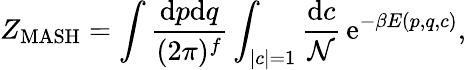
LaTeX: Z_{\mathrm{MASH}}=\int\frac{\mathrm{d}p\mathrm{d}q}{(2\pi)^{f}}\int_{|c|=1}\frac{\mathrm{d}c}{\mathcal{N}}\, \mathrm{e}^{-\beta E(p,q,c)},